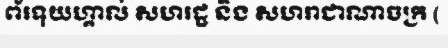
ព័រទុយហ្គាល់ សហរដ្ឋ និង សហរាជាណាចក្រ (